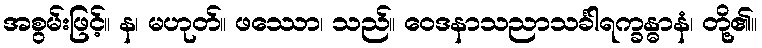
အစွမ်းဖြင့်။ န၊ မဟုတ်။ ဖဿော၊ သည်။ ဝေဒနာသညာသင်္ခါရက္ခန္ဓာနံ၊ တို့၏။